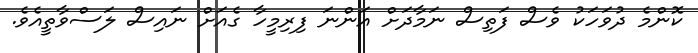
ކޮންމެ ދުވަހަކު ވެސް ފަތިސް ނަމާދަށް އަންނަ ފިރިމީހާ ގެއަށް ނައިސް ލަސްވާތީއެވެ.